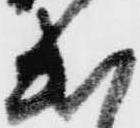
出